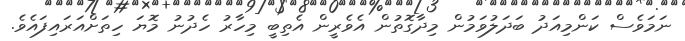
ނަމަވެސް ކަންމިއަދު ބަދަލުވަމުން މިދާގޮތުން އެވެރީން އެތިބީ މިހާރު ހެދުނު މޮޔަ ހިތަށްއަރައިފައެވެ.